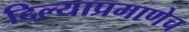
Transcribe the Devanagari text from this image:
दिल्याप्रमाणेच